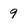
Character: 9